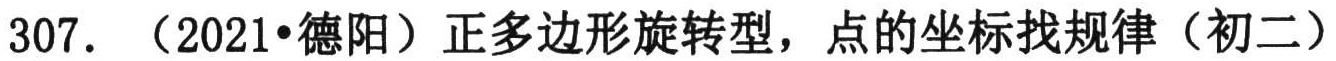
307. （2021•德阳）正多边形旋转型，点的坐标找规律（初二）